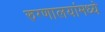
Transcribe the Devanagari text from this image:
रुग्णालयांमध्ये